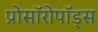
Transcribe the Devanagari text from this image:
प्रोसॉरोपॉड्स